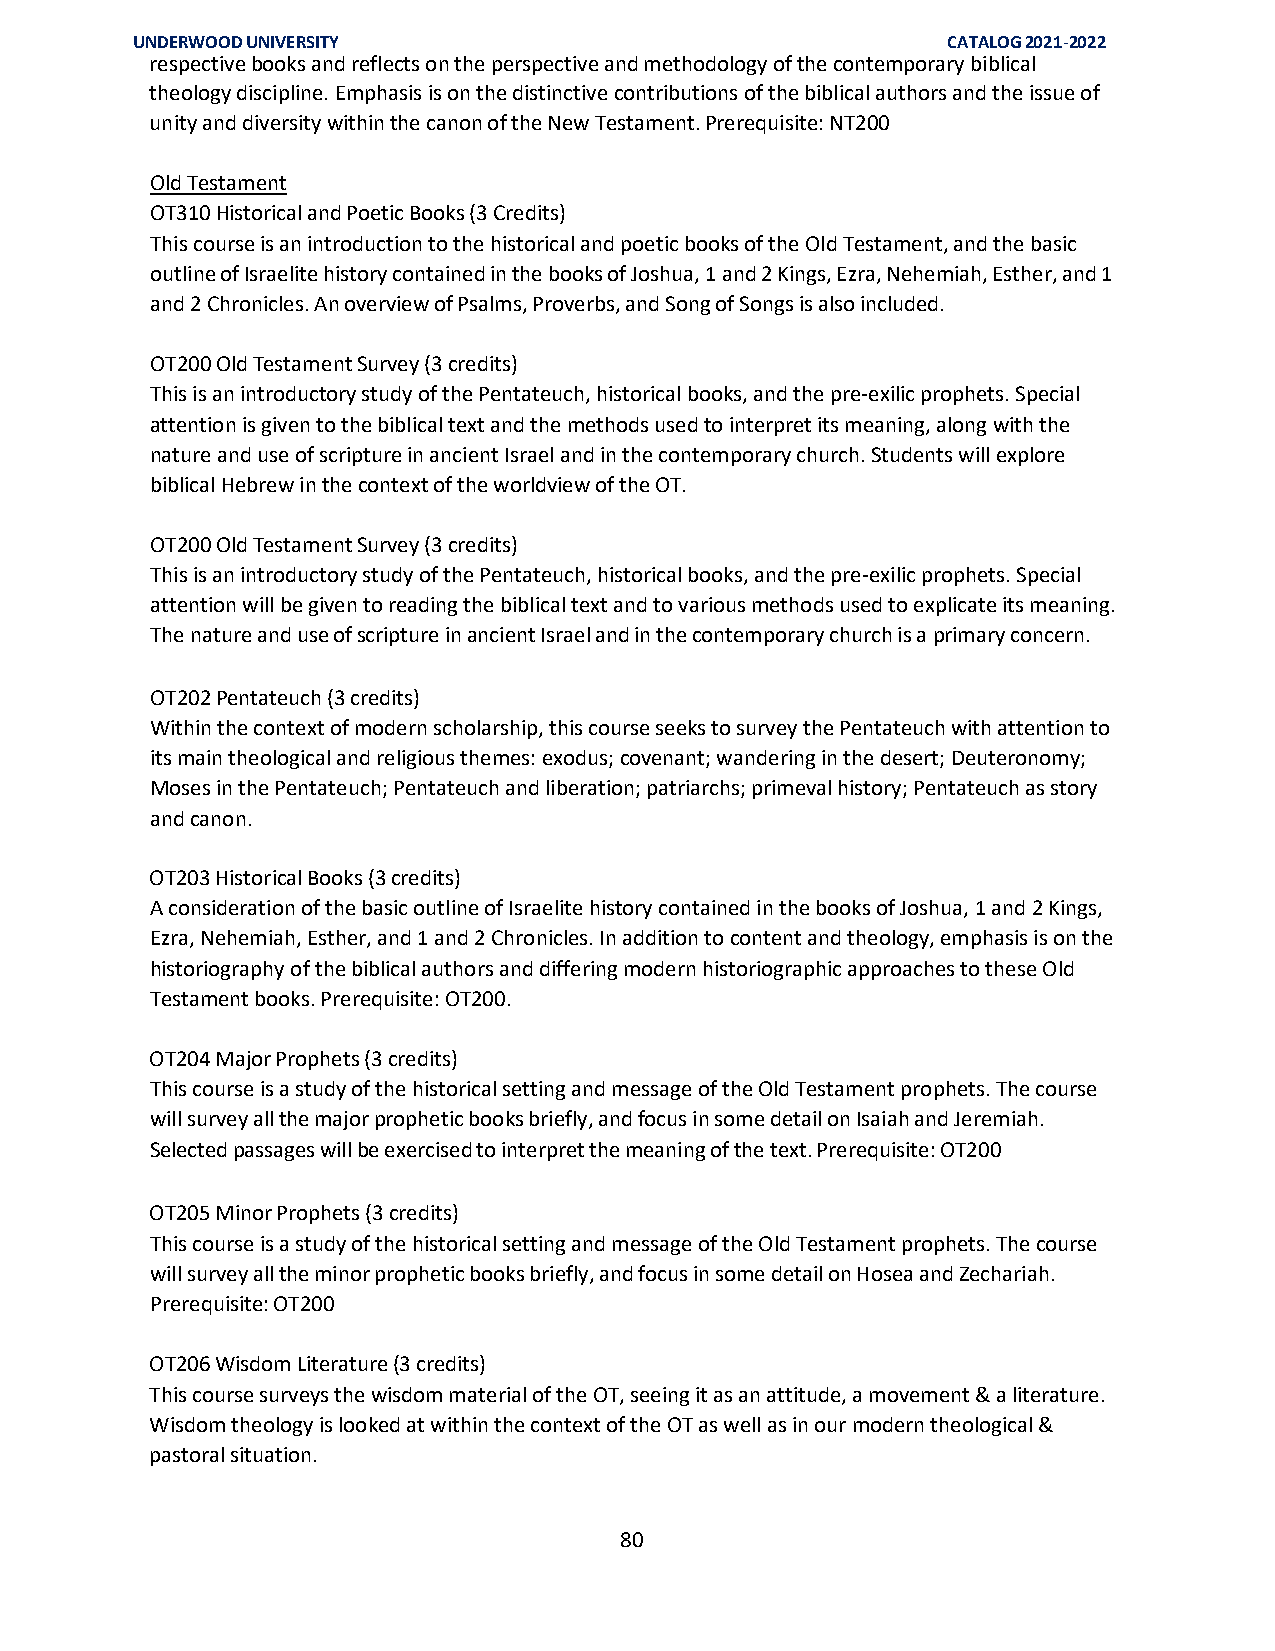
UNDERWOOD UNIVERSITY                                  CATALOG 2021-2022
 respective books and reflects on the perspective and methodology of the contemporary biblical
 theology discipline. Emphasis is on the distinctive contributions of the biblical authors and the issue of
 unity and diversity within the canon of the New Testament. Prerequisite: NT200
 Old Testament
 OT310 Historical and Poetic Books (3 Credits)
 This course is an introduction to the historical and poetic books of the Old Testament, and the basic
 outline of Israelite history contained in the books of Joshua, 1 and 2 Kings, Ezra, Nehemiah, Esther, and 1
 and 2 Chronicles. An overview of Psalms, Proverbs, and Song of Songs is also included.
 OT200 Old Testament Survey (3 credits)
 This is an introductory study of the Pentateuch, historical books, and the pre-exilic prophets. Special
 attention is given to the biblical text and the methods used to interpret its meaning, along with the
 nature and use of scripture in ancient Israel and in the contemporary church. Students will explore
 biblical Hebrew in the context of the worldview of the OT.
 OT200 Old Testament Survey (3 credits)
 This is an introductory study of the Pentateuch, historical books, and the pre-exilic prophets. Special
 attention will be given to reading the biblical text and to various methods used to explicate its meaning.
 The nature and use of scripture in ancient Israel and in the contemporary church is a primary concern.
 OT202 Pentateuch (3 credits)
 Within the context of modern scholarship, this course seeks to survey the Pentateuch with attention to
 its main theological and religious themes: exodus; covenant; wandering in the desert; Deuteronomy;
 Moses in the Pentateuch; Pentateuch and liberation; patriarchs; primeval history; Pentateuch as story
 and canon.
 OT203 Historical Books (3 credits)
 A consideration of the basic outline of Israelite history contained in the books of Joshua, 1 and 2 Kings,
 Ezra, Nehemiah, Esther, and 1 and 2 Chronicles. In addition to content and theology, emphasis is on the
 historiography of the biblical authors and differing modern historiographic approaches to these Old
 Testament books. Prerequisite: OT200.
 OT204 Major Prophets (3 credits)
 This course is a study of the historical setting and message of the Old Testament prophets. The course
 will survey all the major prophetic books briefly, and focus in some detail on Isaiah and Jeremiah.
 Selected passages will be exercised to interpret the meaning of the text. Prerequisite: OT200
 OT205 Minor Prophets (3 credits)
 This course is a study of the historical setting and message of the Old Testament prophets. The course
 will survey all the minor prophetic books briefly, and focus in some detail on Hosea and Zechariah.
 Prerequisite: OT200
 OT206 Wisdom Literature (3 credits)
 This course surveys the wisdom material of the OT, seeing it as an attitude, a movement & a literature.
 Wisdom theology is looked at within the context of the OT as well as in our modern theological &
 pastoral situation.
 80